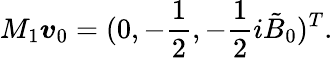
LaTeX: M_{1}\boldsymbol{v}_{0}=(0,-\frac{1}{2},-\frac{1}{2}i\tilde{B}_{0})^{T}.